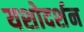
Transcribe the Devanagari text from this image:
यशोदर्शन